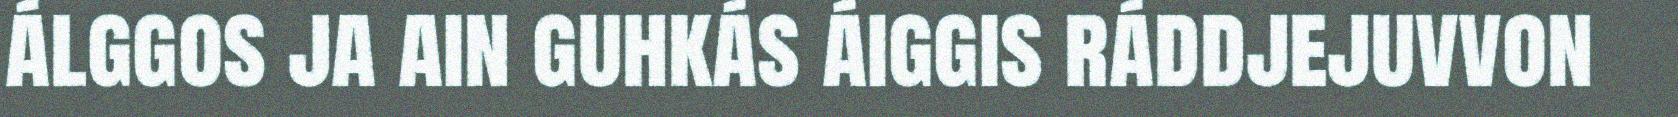
álggos ja ain guhkás áiggis ráddjejuvvon